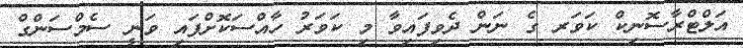
އަލްޓްރާސޮނިކް ކަވަރ ގެ ނަން ދެވިފައިވާ މި ކަވަރު ހާއްސަކޮށްފައި ވަނީ ސެމްސަންގް